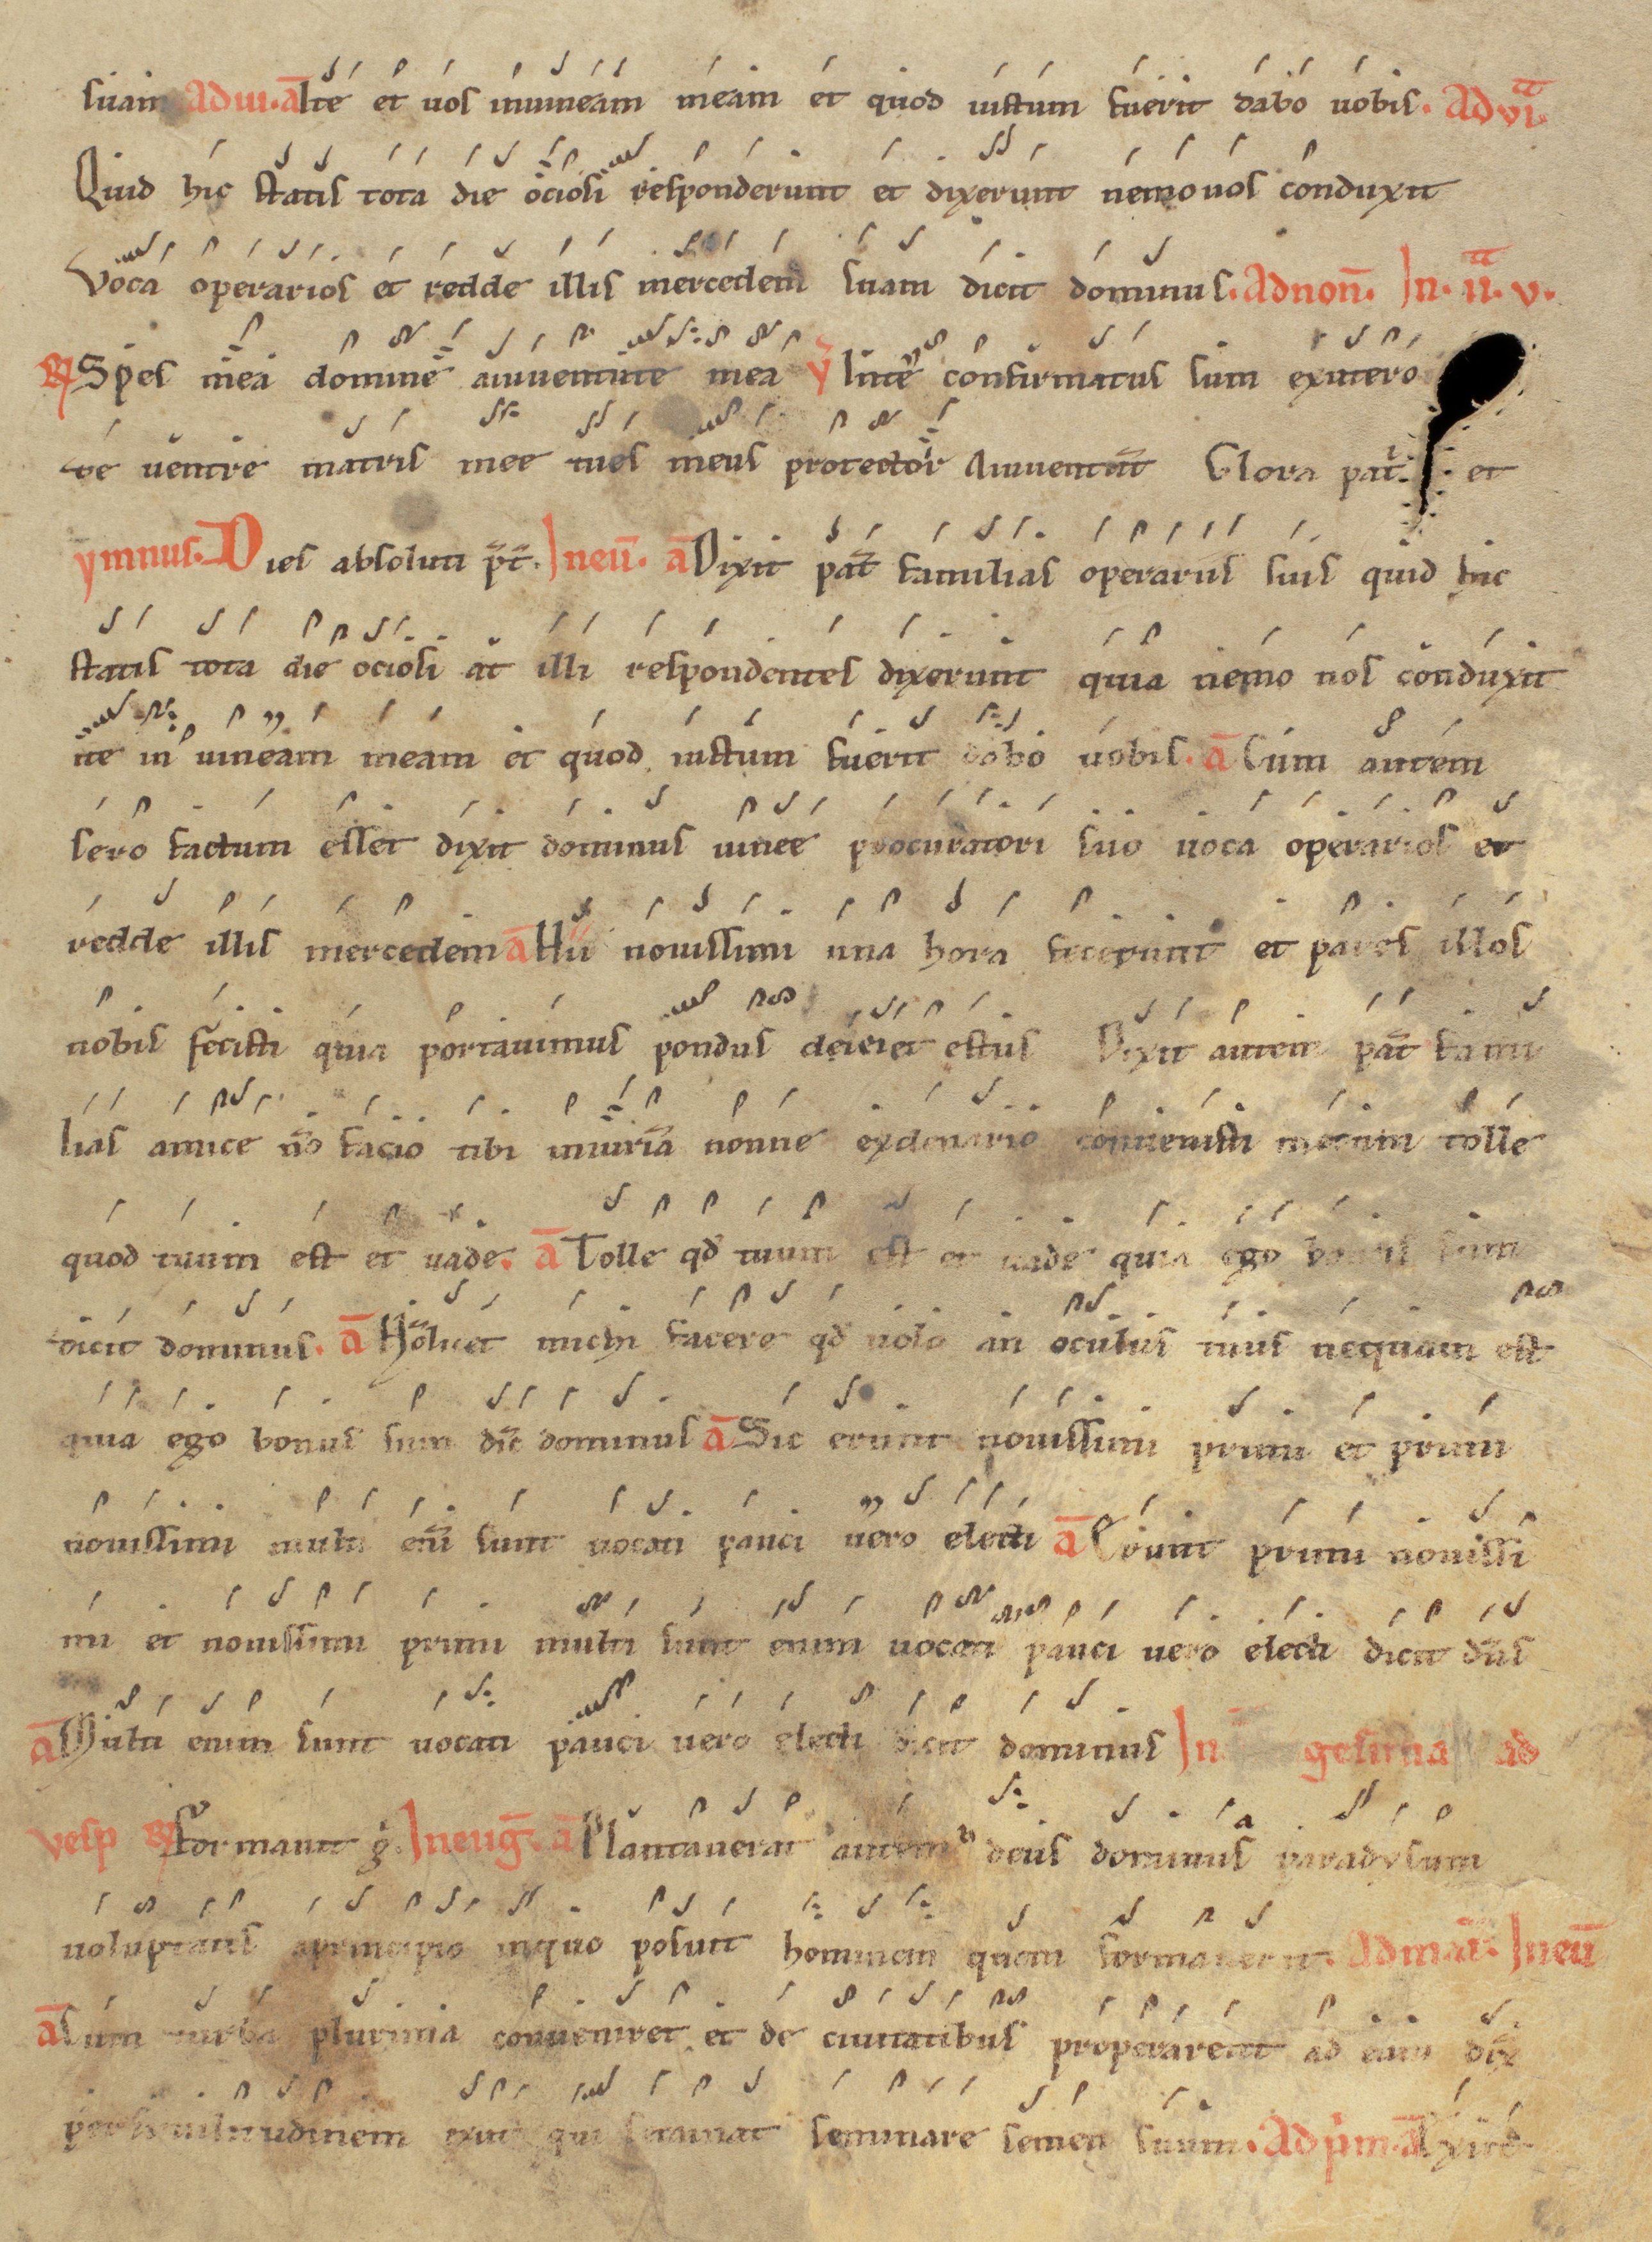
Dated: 1200–1299